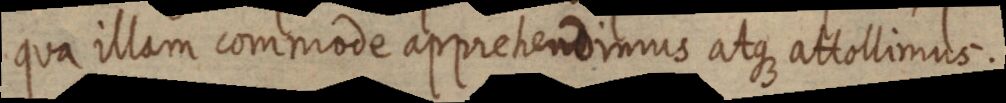
qua illam commode apprehendimus atque attollimus.